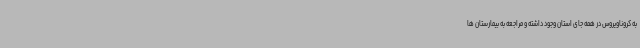
به کروناویروس در همه جای استان وجود داشته و مراجعه به بیمارستان ها